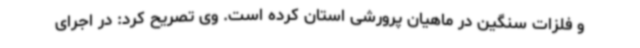
و فلزات سنگین در ماهیان پرورشی استان کرده است. وی تصریح کرد: در اجرای